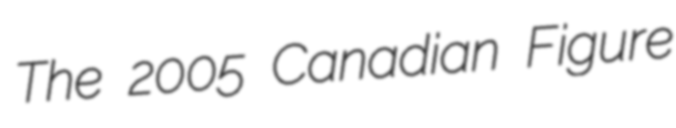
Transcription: The 2005 Canadian Figure